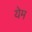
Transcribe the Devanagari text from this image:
येम